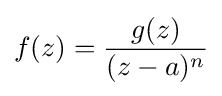
f(z)={\frac {g(z)}{(z-a)^{n}}}